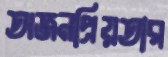
অজনপ্রিয়তার